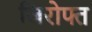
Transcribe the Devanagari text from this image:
जिरोफ्त